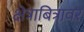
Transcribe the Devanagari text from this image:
क्षेत्राबित्रावर